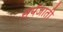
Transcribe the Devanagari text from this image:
सर्पजाती